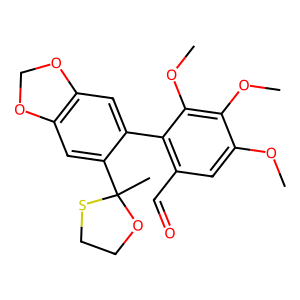
SMILES: COc1cc(C=O)c(-c2cc3c(cc2C2(C)OCCS2)OCO3)c(OC)c1OC
Inhibits HIV replication: No